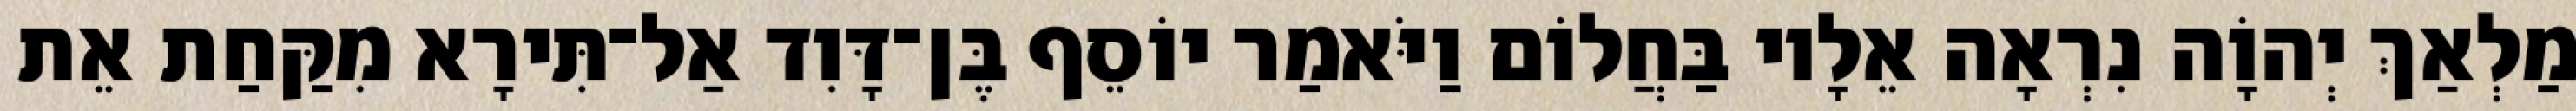
מַלְאַךְ יְהוָֹה נִרְאָה אֵלָיו בַּחֲלוֹם וַיֹּאמַר יוֹסֵף בֶּן־דָּוִד אַל־תִּירָא מִקַּחַת אֵת